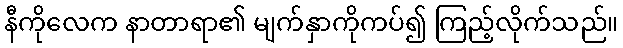
နီကိုလေက နာတာရာ၏ မျက်နှာကိုကပ်၍ ကြည့်လိုက်သည်။